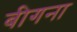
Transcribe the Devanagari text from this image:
बीगना